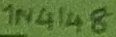
Text: 1N4148